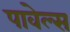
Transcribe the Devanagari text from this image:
पावेल्स